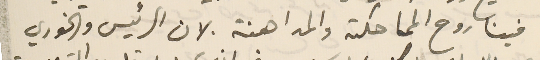
فينا روح المماحكته والمداهنة لان الرئيس والخوري